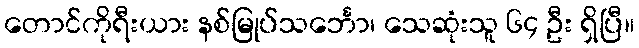
တောင်ကိုရီးယား နစ်မြုပ်သင်္ဘော၊ သေဆုံးသူ ၆၄ ဦး ရှိပြီ။